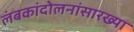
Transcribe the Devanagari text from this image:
लंबकांदोलनांसारख्या